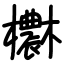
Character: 欁